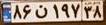
۸۶ن۱۹۷۳۸